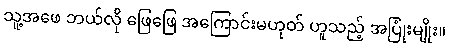
သူ့အဖေ ဘယ်လို ဖြေဖြေ အကြောင်းမဟုတ် ဟူသည့် အပြုံးမျိုး။